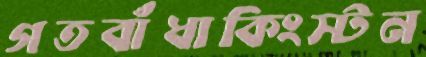
গতবাঁধাকিংস্টন